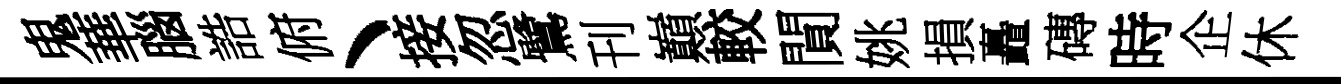
鬼華腦誥俯丶接忽鷺刊巔較閴姚損矗磚時企休